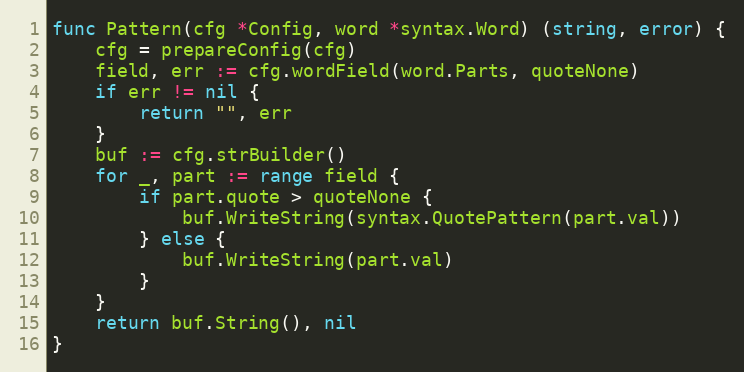
Language: Go
func Pattern(cfg *Config, word *syntax.Word) (string, error) {
	cfg = prepareConfig(cfg)
	field, err := cfg.wordField(word.Parts, quoteNone)
	if err != nil {
		return "", err
	}
	buf := cfg.strBuilder()
	for _, part := range field {
		if part.quote > quoteNone {
			buf.WriteString(syntax.QuotePattern(part.val))
		} else {
			buf.WriteString(part.val)
		}
	}
	return buf.String(), nil
}